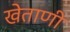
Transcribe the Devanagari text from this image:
खेताणी